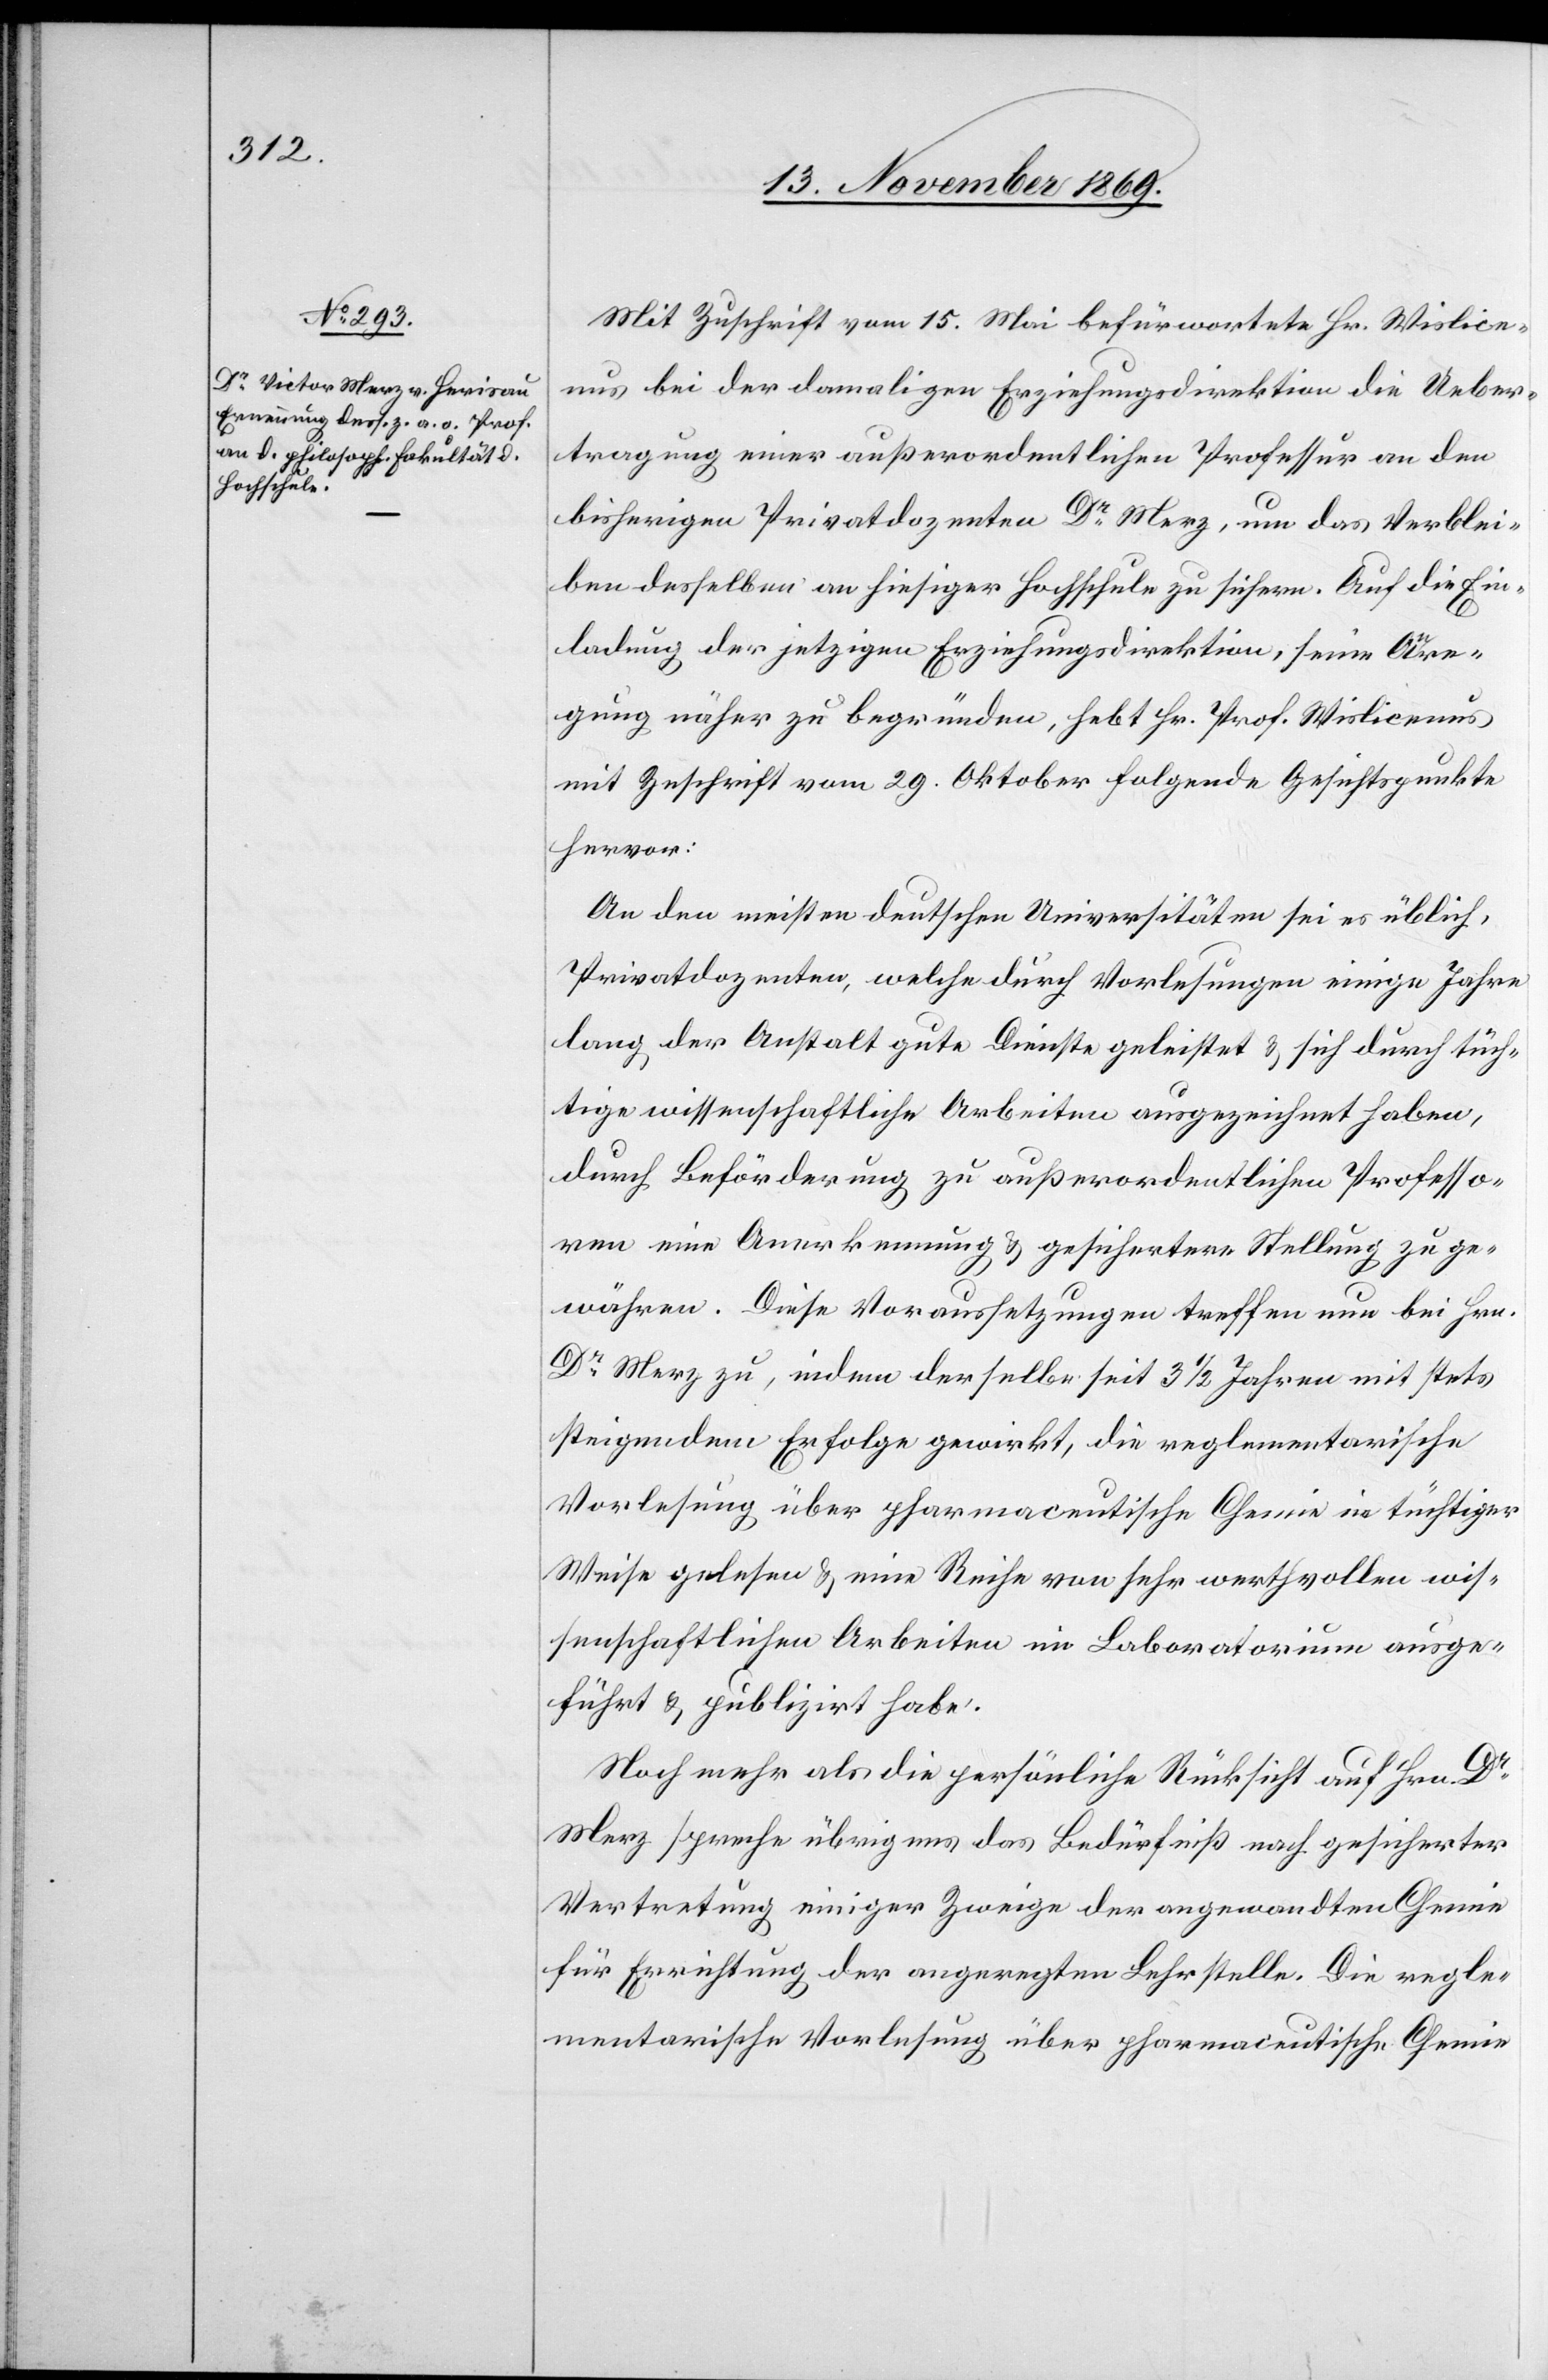
Mit Zuschrift vom 15. Mai befürwortete Hr. Wislicen¬
us bei der damaligen Erziehungsdirektion die Ueber¬
tragung einer außerordentlichen Professur an den
bisherigen Privatdozenten Dr Merz, um das Verblei¬
ben desselben an hiesiger Hochschule zu sichern. Auf die Ein¬
ladung der jetzigen Erziehungsdirektion, seine Anre¬
gung näher zu begründen, hebt Hr. Prof. Wislicenus
mit Zuschrift vom 29. Oktober folgende Gesichtspunkte
hervor:
An den meisten deutschen Universitäten sei es üblich,
Privatdozenten, welche durch Vorlesungen einige Jahre
lang der Anstalt gute Dienste geleistet & sich durch tüch¬
tige wissenschaftliche Arbeiten ausgezeichnet haben,
durch Beförderung zu außerordentlichen Professo¬
ren eine Anerkennung & gesichertere Stellung zu ge¬
währen. Diese Voraussetzungen treffen nun bei Hrn.
Dr Merz zu, indem derselbe seit 3 1/2 Jahren mit stets
steigendem Erfolge gewirkt, die reglementarische
Vorlesung über pharmaceutische Chemie in tüchtiger
Weise gelesen & eine Reihe von sehr werthvollen wis¬
senschaftlichen Arbeiten im Laboratorium ausge¬
führt & publizirt habe.
Noch mehr als die persönliche Rücksicht auf Hrn. Dr
Merz spreche übrigens das Bedürfniß nach gesicherter
Vertretung einiger Zweige der angewandten Chemie
für Errichtung der angeregten Lehrstelle. Die regle¬
mentarische Vorlesung über pharmaceutische Chemie